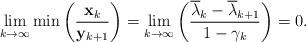
LaTeX: \begin{align*}\underset{k\rightarrow \infty }{\lim }\min \left( \frac{\mathbf{x}_{k}}{\mathbf{y}_{k+1}}\right) =\underset{k\rightarrow \infty }{\lim }\left( \frac{\overline{\lambda }_{k}-\overline{\lambda }_{k+1}}{1-\gamma _{k}}\right) =0.\end{align*}